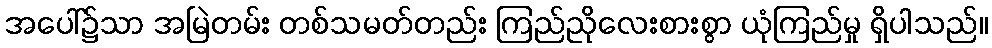
အပေါ်၌သာ အမြဲတမ်း တစ်သမတ်တည်း ကြည်ညိုလေးစားစွာ ယုံကြည်မှု ရှိပါသည်။